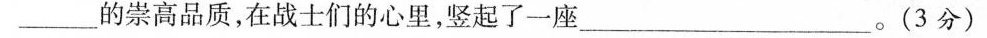
___的崇高品质，在战士们的心里，竖起了一座___。(3分)